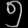
Digit: ၅